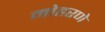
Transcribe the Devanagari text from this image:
मोहरणे